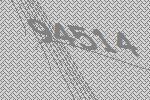
94514